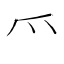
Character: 爫